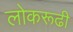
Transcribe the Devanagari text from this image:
लोकरूढी